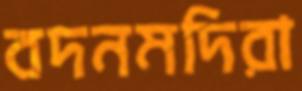
বদনমদিরা